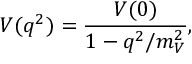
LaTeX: V ( q ^ { 2 } ) = { \frac { V ( 0 ) } { 1 - q ^ { 2 } / m _ { V } ^ { 2 } } } ,